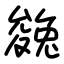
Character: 㕙